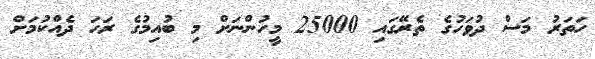
ހަތަރު މަސް ދުވަހުގެ ތެރޭގައި 25000 މީހުންނަށް މި ބުއިމުގެ ރަހަ ދެއްކުމަށް